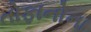
તોફાનોના